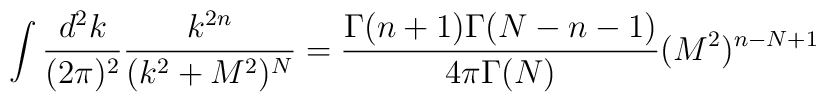
\int\frac{d^2k}{(2\pi)^2}\frac{k^{2n}}{(k^2+M^2)^N} =\frac{\Gamma(n+1)\Gamma(N-n-1)}{4\pi\Gamma(N)}(M^2)^{n-N+1}\,